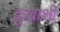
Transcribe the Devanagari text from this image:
दुःखांशी